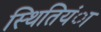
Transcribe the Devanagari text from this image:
स्थितियंा